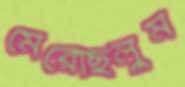
মেরেছিলুম